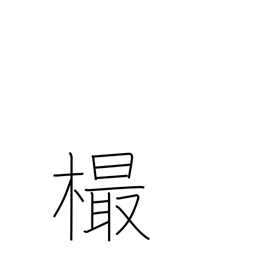
Meaning: knot in wood